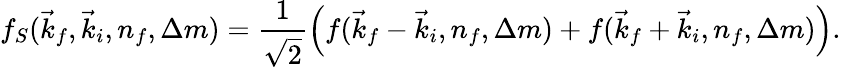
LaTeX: f_{S}(\vec{k}_{f},\vec{k}_{i},n_{f},\Delta m)=\frac{1}{\sqrt{2}}\left(f(\vec{k}_{f}-\vec{k}_{i},n_{f},\Delta m)+f(\vec{k}_{f}+\vec{k}_{i},n_{f},\Delta m)\right).